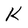
Character: K